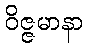
ဝိဇ္ဇမာနာ